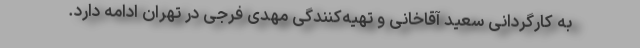
به کارگردانی سعید آقاخانی و تهیه‌کنندگی مهدی فرجی در تهران ادامه دارد.